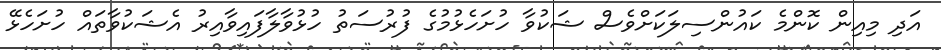
އަދި މިއިން ކޮންމެ ކައުންސިލަކަށްވެސް ޝަކުވާ ހުށަހެޅުމުގެ ފުރުސަތު ހުޅުވާލާފައިވާއިރު އެޝަކުވާތައް ހުށަހެޅޭ